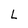
Character: L